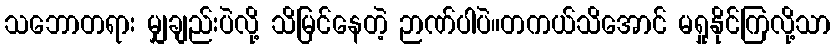
သဘောတရား မျှချည်းပဲလို့ သိမြင်နေတဲ့ ဉာဏ်ပါပဲ။တကယ်သိအောင် မရှုနိုင်ကြလို့သာ